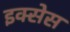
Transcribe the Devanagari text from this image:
इक्सेस